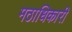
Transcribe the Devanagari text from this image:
मठाधिकारी